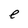
Character: e